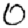
Digit: 0